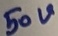
Text: 50V